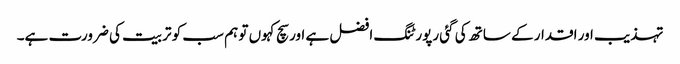
تہذیب اور اقدار کے ساتھ کی گئی رپورٹنگ افضل ہے اور سچ کہوں تو ہم سب کو تربیت کی ضرورت ہے۔